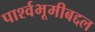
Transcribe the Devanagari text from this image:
पार्श्वभूमीबद्दल